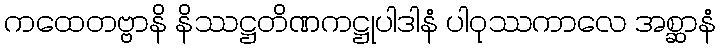
ကထေတဗ္ဗာနိ နိဿဋ္ဌတိဏကဋ္ဌုပါဒါနံ ပါဝုဿကာလေ အစ္ဆာနံ